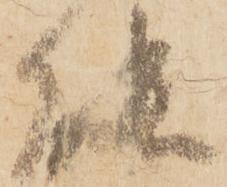
能